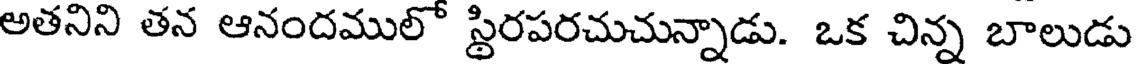
అతనిని తన ఆనందములో స్థిరపరచుచున్నాడు. ఒక చిన్న బాలుడు